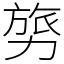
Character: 𭄸